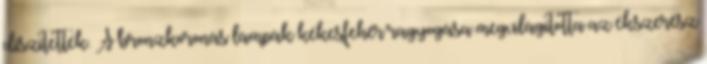
díszítették. A bronzkoronás lámpák kékesfehér ragyogása megvilágította az ékszerész